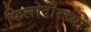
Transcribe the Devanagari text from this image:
फिलोदोरच्या